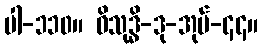
ပါ-၁၁၀။ ဝိသုဒ္ဓိ-ဒု-အုပ်-၄၄။